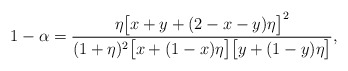
\begin{align*}1-\alpha=\frac{\eta\big[x+y+(2-x-y)\eta\big]^2}{(1+\eta)^2\big[x+(1-x)\eta\big]\big[y+(1-y)\eta\big]},\end{align*}